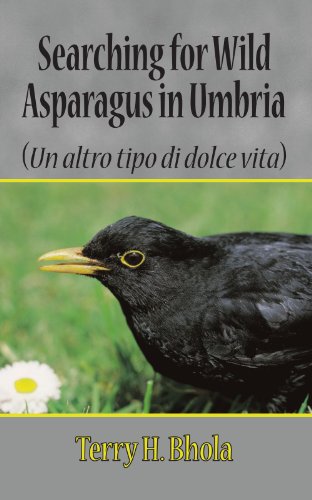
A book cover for Searching For Wild Asparagus In Umbria; Terry H Bhola; Travel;